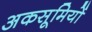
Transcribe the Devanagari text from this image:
अकसूमियों